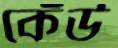
কেঁউ